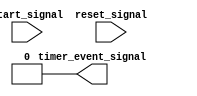
module TimerEventControl #(
    parameter TIME_INTERVAL = 10  // Time interval in simulation time units
)(
    input wire start_signal,        // Start signal to trigger the timer
    input wire reset_signal,        // Reset signal to reset the timer
    output reg timer_event_signal    // Timer event signal output
);

    // State variables
    reg [31:0] counter;              // Counter to keep track of elapsed time
    reg timer_running;               // Flag to indicate if timer is running

    // Initial block for initialization
    initial begin
        timer_event_signal = 0;     // Timer event signal starts low
        counter = 0;                 // Initialize counter to zero
        timer_running = 0;           // Timer is not running initially
    end

    // Always block to control the timer behavior
    always @(posedge start_signal or posedge reset_signal) begin
        if (reset_signal) begin
            // Reset condition
            timer_event_signal <= 0; // Deactivate timer event signal
            counter <= 0;            // Reset the counter
            timer_running <= 0;      // Stop timer
        end else if (start_signal) begin
            // Start condition
            timer_running <= 1;      // Start the timer
            counter <= 0;            // Initialize counter to zero
        end
    end

    // Always block for counting and event generation
    always begin
        if (timer_running) begin
            // Wait for the time interval
            #TIME_INTERVAL;          // Delay for the specified time interval
            timer_event_signal <= 1; // Assert timer event signal

            // Optional: keep the event signal high for a defined duration
            #1;                       // Duration to keep the event signal high
            timer_event_signal <= 0;  // Deactivate timer event signal
            
            // Restart the timer for continuous operation
            counter <= 0;            // Reset counter for next interval
        end
    end

endmodule